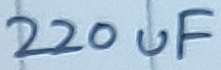
Text: 220uF